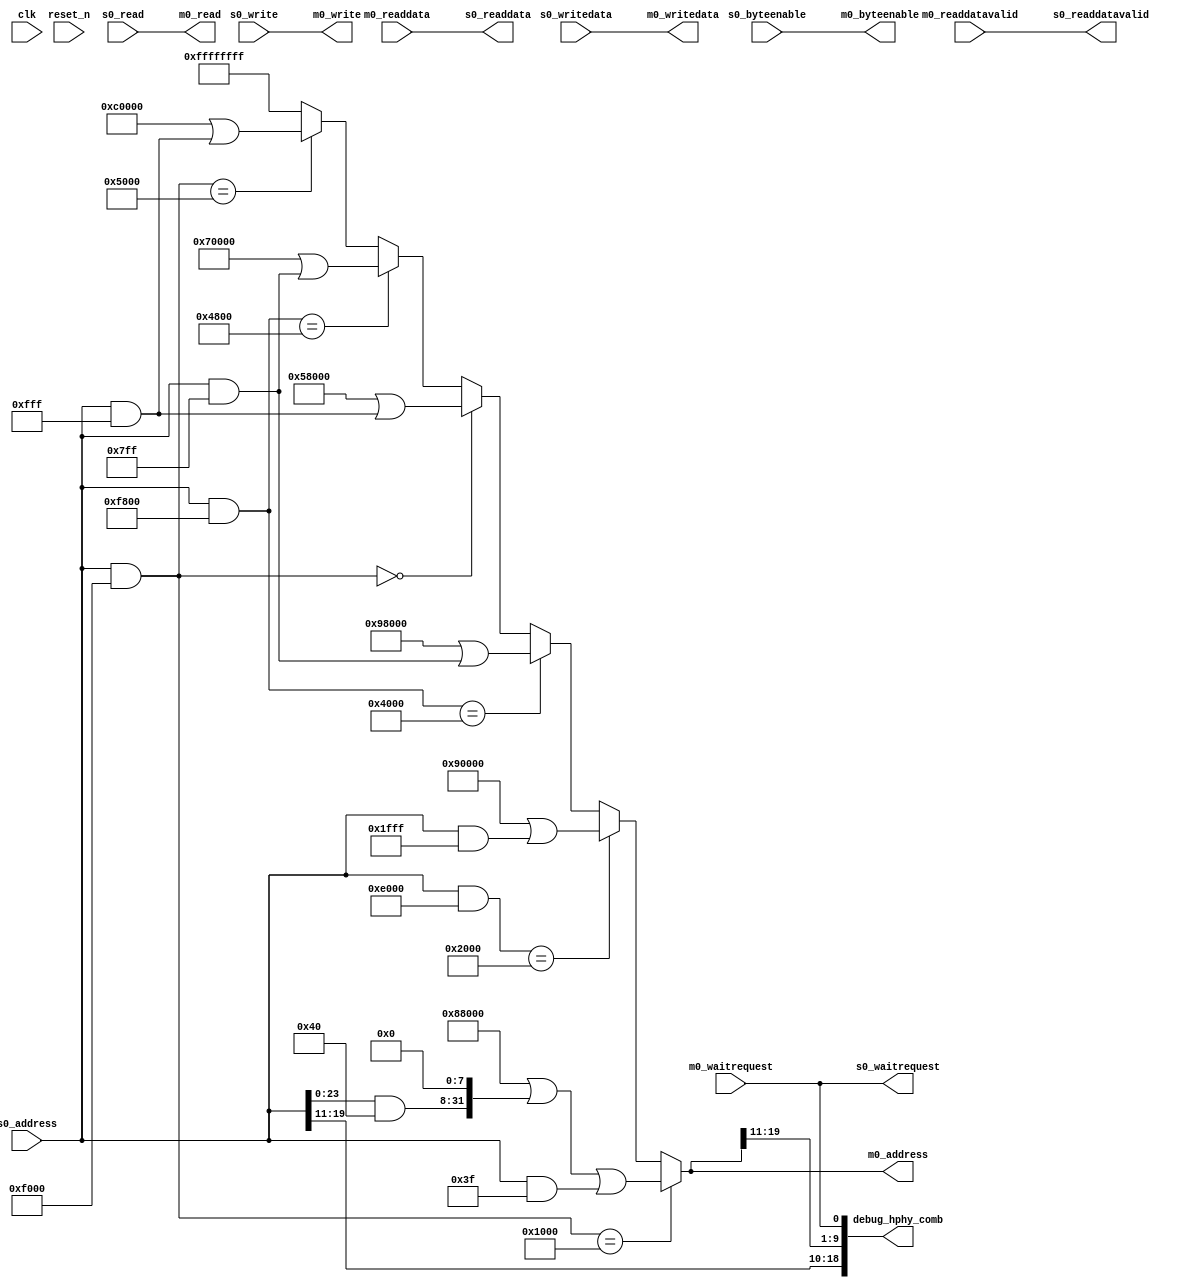
// (C) 2001-2016 Intel Corporation. All rights reserved.
// Your use of Intel Corporation's design tools, logic functions and other 
// software and tools, and its AMPP partner logic functions, and any output 
// files any of the foregoing (including device programming or simulation 
// files), and any associated documentation or information are expressly subject 
// to the terms and conditions of the Intel Program License Subscription 
// Agreement, Intel MegaCore Function License Agreement, or other applicable 
// license agreement, including, without limitation, that your use is for the 
// sole purpose of programming logic devices manufactured by Intel and sold by 
// Intel or its authorized distributors.  Please refer to the applicable 
// agreement for further details.


// (C) 2001-2011 Altera Corporation. All rights reserved.
// Your use of Altera Corporation's design tools, logic functions and other 
// software and tools, and its AMPP partner logic functions, and any output 
// files any of the foregoing (including device programming or simulation 
// files), and any associated documentation or information are expressly subject 
// to the terms and conditions of the Altera Program License Subscription 
// Agreement, Altera MegaCore Function License Agreement, or other applicable 
// license agreement, including, without limitation, that your use is for the 
// sole purpose of programming logic devices manufactured by Altera and sold by 
// Altera or its authorized distributors.  Please refer to the applicable 
// agreement for further details.

// `define CHECK_FOR_ERRORS

`timescale 1ps/1ps

module seq_hhp_decompress_avl_mm_bridge (
	clk,
	reset_n,
	s0_address,
	s0_read,
	s0_readdata,
	s0_write,
	s0_writedata,
	s0_waitrequest,
	s0_byteenable,
	s0_readdatavalid,
	m0_address,
	m0_read,
	m0_readdata,
	m0_write,
	m0_writedata,
	m0_waitrequest,
	m0_byteenable,
	m0_readdatavalid,
	debug_hphy_comb
);

	parameter DATA_WIDTH    = 32;
	parameter SYMBOL_WIDTH  = 8;
	parameter ADDRESS_WIDTH = 32;

`ifdef CHECK_FOR_ERRORS
	parameter BASE_APB_ADDR     = 32'hFFC20000;
	parameter BASE_MASK_ADDR    = 32'hFFFF0000;
`else
	parameter BASE_APB_ADDR     = 32'h0;
	parameter BASE_MASK_ADDR    = 32'h0;
`endif

	parameter APB_BASE_SCC_MGR  = 32'h0000;
	parameter APB_MASK_SCC_MGR  = 32'hF000;

	parameter APB_BASE_PHY_MGR  = 32'h1000;
	parameter APB_MASK_PHY_MGR  = 32'hF000;

	parameter APB_BASE_RW_MGR   = 32'h2000;
	parameter APB_MASK_RW_MGR   = 32'hE000; // range includes 2000-3ffff, so don't check the lower bit

	parameter APB_BASE_DATA_MGR = 32'h4000;
	parameter APB_MASK_DATA_MGR = 32'hF800;

	parameter APB_BASE_REG_FILE = 32'h4800;
	parameter APB_MASK_REG_FILE = 32'hF800;

	parameter APB_BASE_MMR      = 32'h5000;
	parameter APB_MASK_MMR      = 32'hF000;

	parameter AVL_BASE_PHY_MGR  = 32'h88000;
	parameter AVL_BASE_RW_MGR   = 32'h90000;
	parameter AVL_BASE_DATA_MGR = 32'h98000;
	parameter AVL_BASE_SCC_MGR  = 32'h58000;
	parameter AVL_BASE_REG_FILE = 32'h70000;
	parameter AVL_BASE_MMR      = 32'hC0000;


	// --------------------------------------
	// Derived parameters
	// --------------------------------------
	localparam BYTEEN_WIDTH = DATA_WIDTH / SYMBOL_WIDTH;

	localparam APB_SCC_MGR  = BASE_APB_ADDR + APB_BASE_SCC_MGR;
	localparam APB_PHY_MGR  = BASE_APB_ADDR + APB_BASE_PHY_MGR;
	localparam APB_RW_MGR   = BASE_APB_ADDR + APB_BASE_RW_MGR;
	localparam APB_DATA_MGR = BASE_APB_ADDR + APB_BASE_DATA_MGR;
	localparam APB_REG_FILE = BASE_APB_ADDR + APB_BASE_REG_FILE;
	localparam APB_MMR      = BASE_APB_ADDR + APB_BASE_MMR;

	localparam MASK_SCC_MGR  = BASE_MASK_ADDR | APB_MASK_SCC_MGR;
	localparam MASK_PHY_MGR  = BASE_MASK_ADDR | APB_MASK_PHY_MGR;
	localparam MASK_RW_MGR   = BASE_MASK_ADDR | APB_MASK_RW_MGR;
	localparam MASK_DATA_MGR = BASE_MASK_ADDR | APB_MASK_DATA_MGR;
	localparam MASK_REG_FILE = BASE_MASK_ADDR | APB_MASK_REG_FILE;
	localparam MASK_MMR      = BASE_MASK_ADDR | APB_MASK_MMR;


	input clk;
	input reset_n;

	input  [ADDRESS_WIDTH-1:0]  s0_address;
	input                       s0_read;
	output [DATA_WIDTH-1:0]     s0_readdata;
	input                       s0_write;
	input  [DATA_WIDTH-1:0]     s0_writedata;
	output                      s0_waitrequest;
	input  [BYTEEN_WIDTH-1:0]   s0_byteenable;
	output                      s0_readdatavalid;

	output [ADDRESS_WIDTH-1:0]  m0_address;
	output                      m0_read;
	input  [DATA_WIDTH-1:0]     m0_readdata;
	output                      m0_write;
	output [DATA_WIDTH-1:0]     m0_writedata;
	input                       m0_waitrequest;
	output [BYTEEN_WIDTH-1:0]   m0_byteenable;
	input                       m0_readdatavalid;
	
	//debug signals
	output wire [18:0] debug_hphy_comb;


	wire [ADDRESS_WIDTH-1:0] phy_addr;
	wire [ADDRESS_WIDTH-1:0] rw_addr;
	wire [ADDRESS_WIDTH-1:0] data_addr;
	wire [ADDRESS_WIDTH-1:0] scc_addr;
	wire [ADDRESS_WIDTH-1:0] reg_addr;
	wire [ADDRESS_WIDTH-1:0] mmr_addr;

	assign phy_addr  = AVL_BASE_PHY_MGR  | ((s0_address & (1<<6)) << (14-6)) | (s0_address & 14'h3f);
	assign rw_addr   = AVL_BASE_RW_MGR   | (s0_address & 14'h1fff);
	assign data_addr = AVL_BASE_DATA_MGR | (s0_address & 14'h7ff);
	assign scc_addr  = AVL_BASE_SCC_MGR  | (s0_address & 14'hfff);
	assign reg_addr  = AVL_BASE_REG_FILE | (s0_address & 14'h7ff);
	assign mmr_addr  = AVL_BASE_MMR      | (s0_address & 14'hfff);

	assign m0_address = ((s0_address & MASK_PHY_MGR)  == APB_PHY_MGR)  ? phy_addr  :
			    ((s0_address & MASK_RW_MGR)   == APB_RW_MGR)   ? rw_addr   :
			    ((s0_address & MASK_DATA_MGR) == APB_DATA_MGR) ? data_addr :
			    ((s0_address & MASK_SCC_MGR)  == APB_SCC_MGR)  ? scc_addr  :
			    ((s0_address & MASK_REG_FILE) == APB_REG_FILE) ? reg_addr  :
			    ((s0_address & MASK_MMR)      == APB_MMR)      ? mmr_addr  :
			    32'hFFFFFFFF;

	assign s0_readdata = m0_readdata;
	assign m0_write = s0_write;
	assign m0_read = s0_read;
	assign m0_writedata = s0_writedata;
	assign s0_waitrequest = m0_waitrequest;
	assign m0_byteenable = s0_byteenable;
	assign s0_readdatavalid = m0_readdatavalid;


	always @(m0_address)
	begin
		$display("[%0t] DECOMPRESS: %0h => %0h", $time, s0_address, m0_address);
`ifdef CHECK_FOR_ERRORS
		if (m0_address == 32'hFFFFFFFF) 
		begin
			$display("[%0t] BAD ADDRESS", $time);
			$finish;
		end
`endif			
	end

//debug signals
assign debug_hphy_comb = {s0_address[19:11],m0_address[19:11],m0_waitrequest};

endmodule